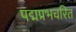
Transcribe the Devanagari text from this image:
पद्मप्रभचरित